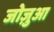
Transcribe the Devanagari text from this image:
जोज़ुआ